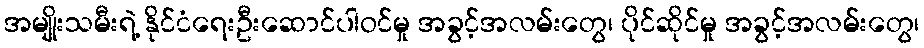
အမျိုးသမီးရဲ့ နိုင်ငံရေးဦးဆောင်ပါဝင်မှု အခွင့်အလမ်းတွေ၊ ပိုင်ဆိုင်မှု အခွင့်အလမ်းတွေ၊